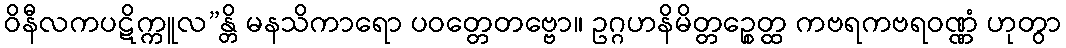
ဝိနီလကပဋိက္ကူလ”န္တိ မနသိကာရော ပဝတ္တေတဗ္ဗော။ ဥဂ္ဂဟနိမိတ္တဉ္စေတ္ထ ကဗရကဗရဝဏ္ဏံ ဟုတွာ